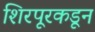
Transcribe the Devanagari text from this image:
शिरपूरकडून